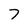
Character: 7